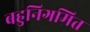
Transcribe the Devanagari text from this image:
बहुनिगमित